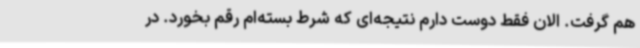
هم گرفت. الان فقط دوست دارم نتیجه‌ای که شرط بسته‌ام رقم بخورد. در